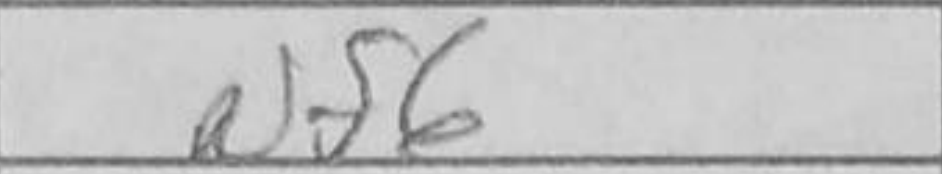
Transcription: Nf6